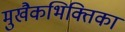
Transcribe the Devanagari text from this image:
मुखैकभिक्तिका